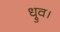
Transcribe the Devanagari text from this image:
ध्रुव।